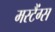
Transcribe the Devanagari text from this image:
मस्टैंग्स